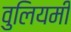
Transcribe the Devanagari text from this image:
वुलियमी